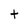
Character: t